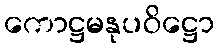
ကောဋ္ဌမနုပဝိဋ္ဌော